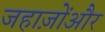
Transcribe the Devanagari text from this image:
जहाज़ोंऔर